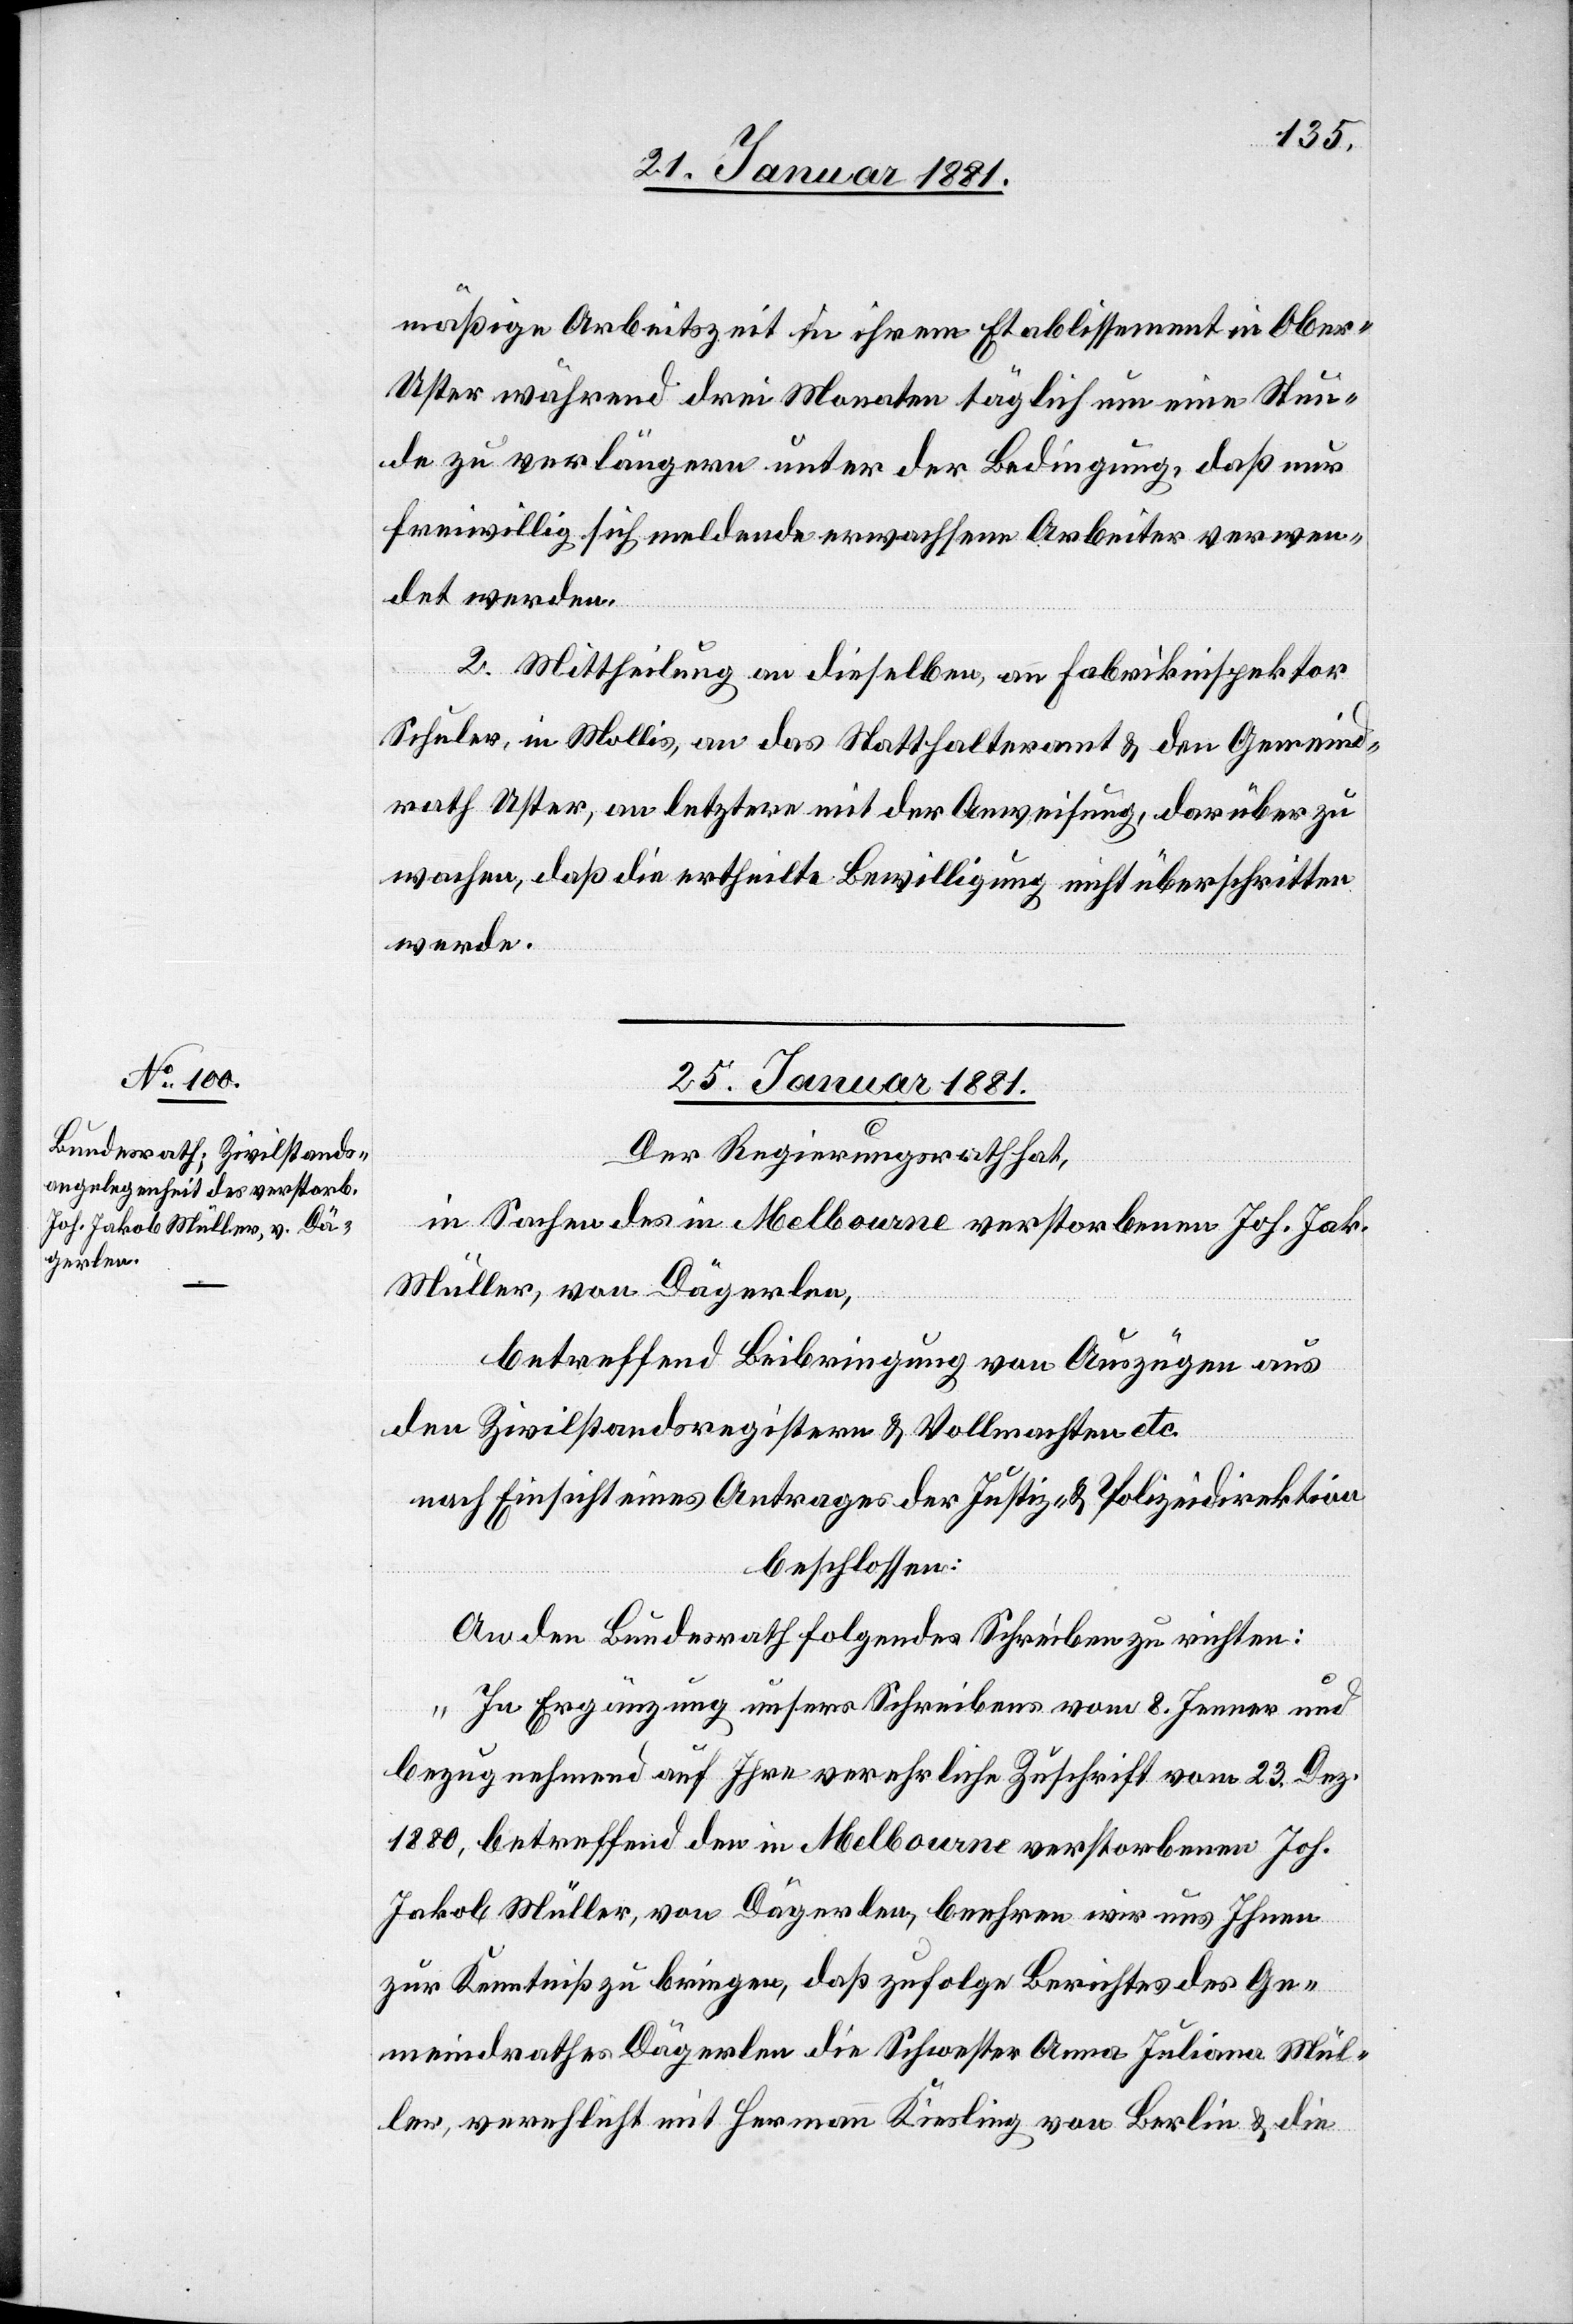
mäßige Arbeitszeit in ihrem Etablissement in Obe¬
r-Uster während drei Monaten täglich um eine Stun¬
de zu verlängern unter der Bedingung, daß nur
freiwillig sich meldende erwachsene Arbeiter verwen¬
det werden.
2. Mittheilung an dieselben, an Fabrikinspektor
Schuler, in Mollis, an das Statthalteramt & den Gemeind¬
rath Uster, an letztere mit der Anweisung, darüber zu
wachen, daß die ertheilte Bewilligung nicht überschritten
werde.
25. Januar 1881.
Der Regierungsrath hat,
in Sachen des in Melbourne verstorbenen Joh. Jak.
Müller, von Dägerlen,
betreffend Beibringung von Auszügen aus
den Zivilstandsregistern & Vollmachten etc.
nach Einsicht eines Antrages der Justiz- & Polizeidirektion
beschlossen:
An den Bundesrath folgendes Schreiben zu richten:
„In Ergänzung unsers Schreibens vom 8. Jenner und
bezugnehmend auf Ihre verehrliche Zuschrift vom 23. Dez.
1880, betreffend den in Melbourne verstorbenen Joh.
Jakob Müller, von Dägerlen, beehren wir uns Ihnen
zur Kenntniß zu bringen, daß zufolge Berichtes des Ge¬
meindrathes Dägerlen die Schwester Anna Juliana Mül¬
ler, verehelicht mit Hermann Kiesling von Berlin & die